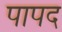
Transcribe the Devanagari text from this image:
पापद